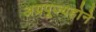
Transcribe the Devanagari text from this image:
अग्रपूज्यहोने